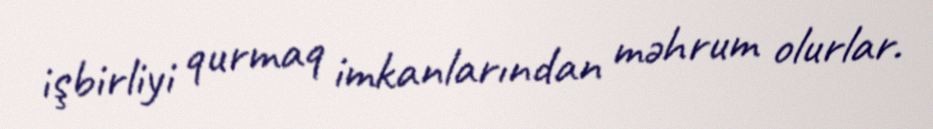
işbirliyi qurmaq imkanlarından məhrum olurlar.